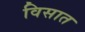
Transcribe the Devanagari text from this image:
विसात